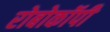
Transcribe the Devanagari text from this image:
रोबोकॉपी